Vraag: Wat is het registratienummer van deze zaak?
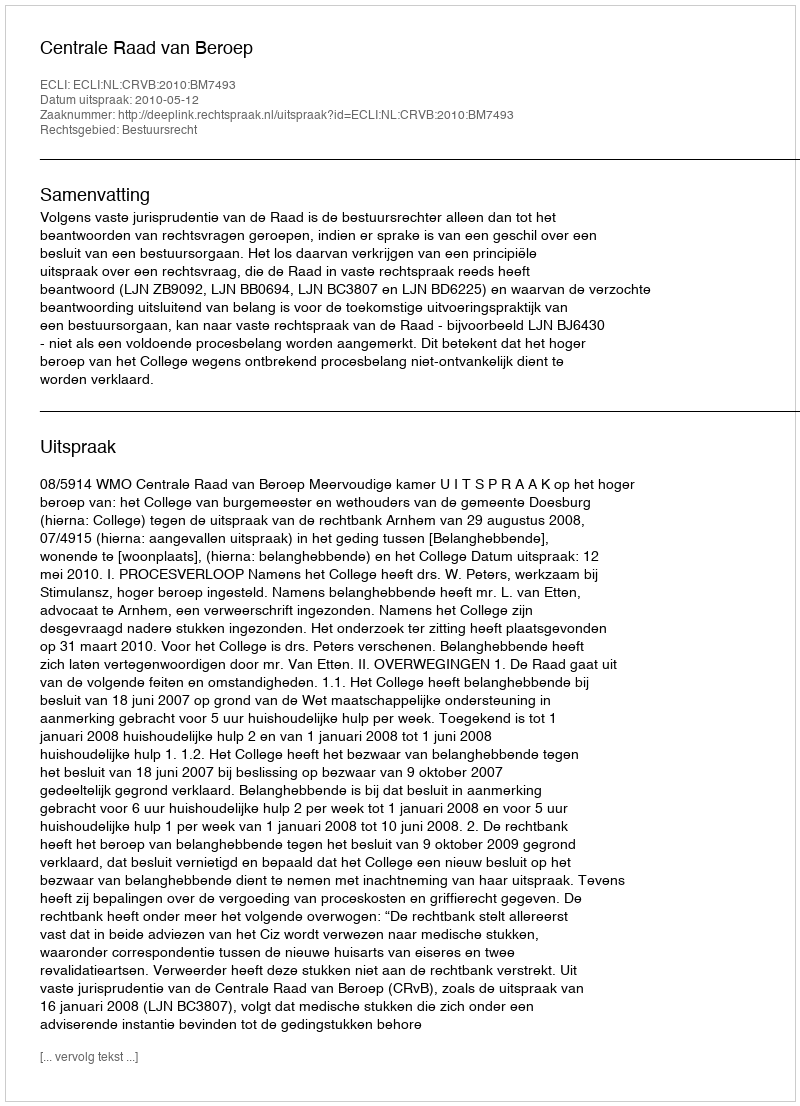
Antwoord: http://deeplink.rechtspraak.nl/uitspraak?id=ECLI:NL:CRVB:2010:BM7493